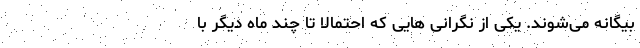
بیگانه می‌شوند. یکی از نگرانی هایی که احتمالاً تا چند ماه دیگر با